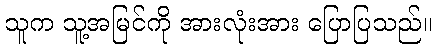
သူက သူ့အမြင်ကို အားလုံးအား ပြောပြသည်။